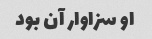
او سزاوار آن بود